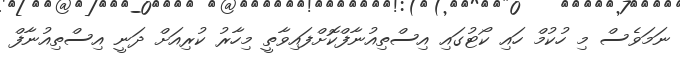
ނަމަވެސް މި ހުކުމް ހައި ކޯޓުގައި އިސްތިއުނާފްކޮށްފައިވާތީ މިހާރު ކުރިއަށް ދަނީ އިސްތިއުނާފް